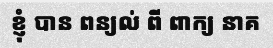
ខ្ញុំ បាន ពន្យល់ ពី ពាក្យ នាគ